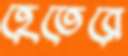
হেতেরে